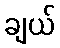
ချယ်